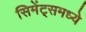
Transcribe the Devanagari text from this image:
सिमेंट्समध्ये